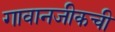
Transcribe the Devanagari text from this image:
गावानजीकची